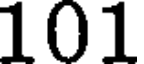
101